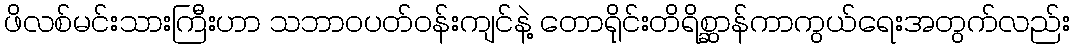
ဖိလစ်မင်းသားကြီးဟာ သဘာဝပတ်ဝန်းကျင်နဲ့ တောရိုင်းတိရိစ္ဆာန်ကာကွယ်ရေးအတွက်လည်း